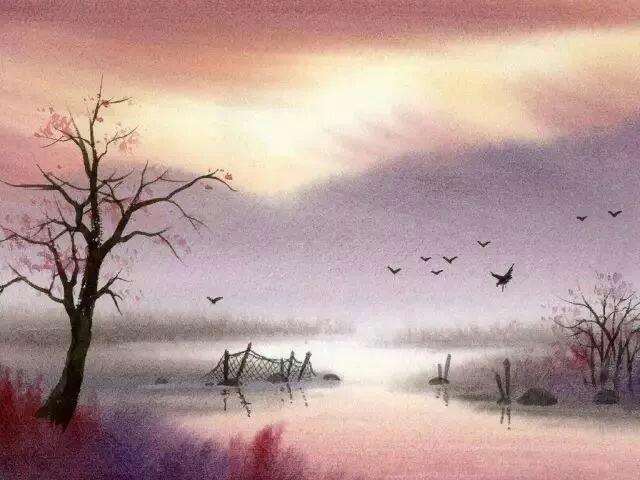
情共天涯秋黯，朱桥锁深巷。